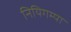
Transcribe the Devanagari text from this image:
नियिगम्‍पा